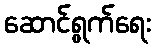
ဆောင်ရွက်ရေး